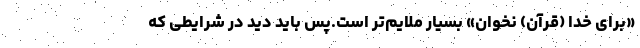
«برای خدا (قرآن) نخوان» بسیار ملایم‌تر است.پس باید دید در شرایطی که